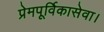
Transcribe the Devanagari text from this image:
प्रेमपूर्विकासेवा।